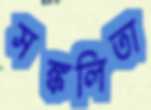
সঙ্কলিতা